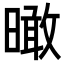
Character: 𣊟